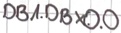
Text: DB1.DBX.0.0